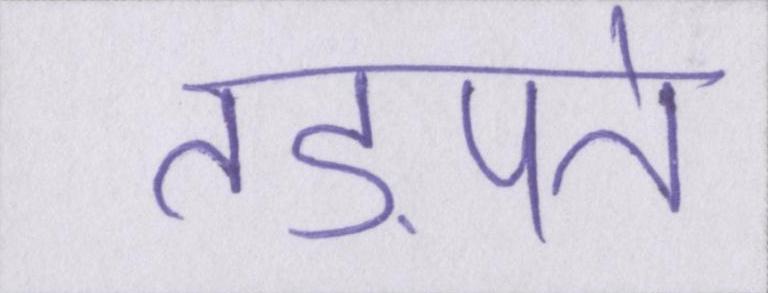
तड़पते